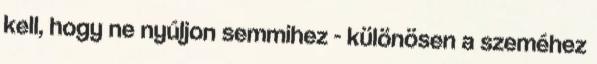
kell, hogy ne nyúljon semmihez - különösen a szeméhez